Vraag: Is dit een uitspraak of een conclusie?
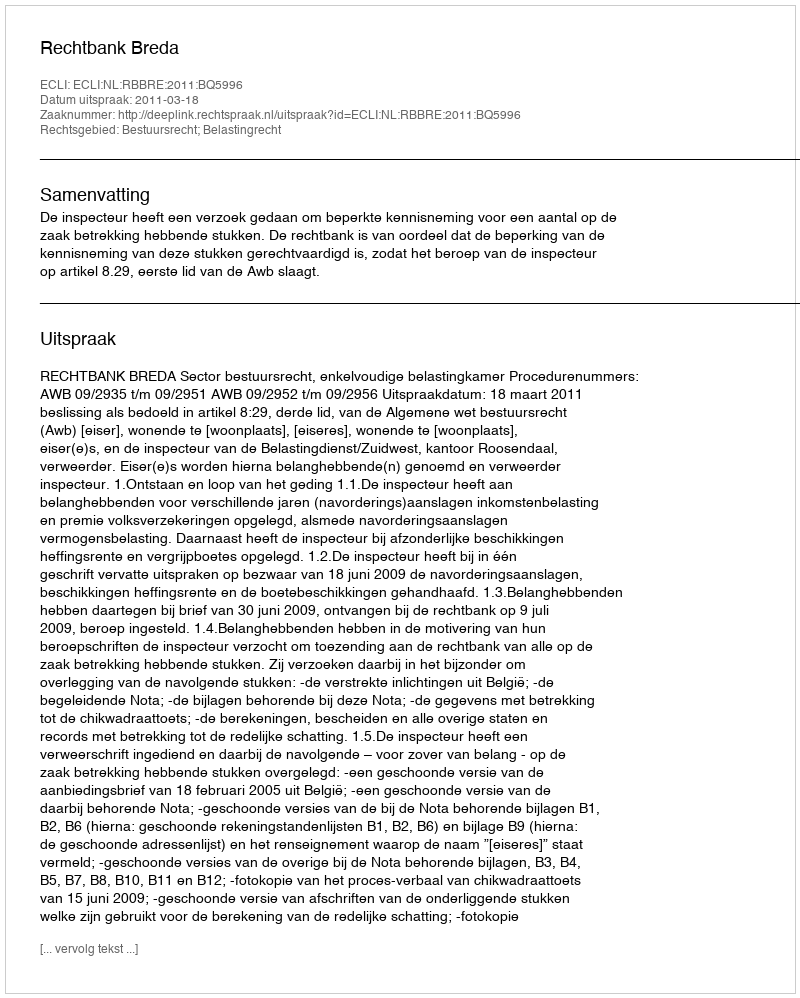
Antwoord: Uitspraak